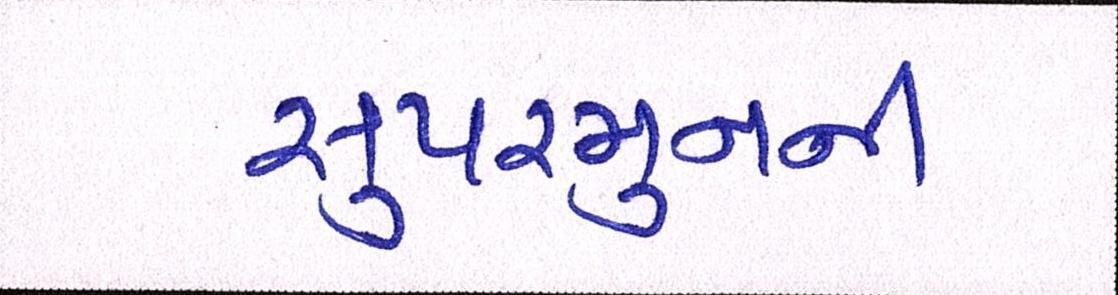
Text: સુપરમુનની